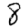
Digit: 8